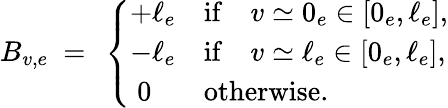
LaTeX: \begin{array}{r}{B_{v,e}\ =\ \left\{ \begin{array}{ll}{+\ell_{e}}&{\mathrm{if}\quad v\simeq 0_{e}\in[0_{e},\ell_{e}],}\\ {-\ell_{e}}&{\mathrm{if}\quad v\simeq\ell_{e}\in[0_{e},\ell_{e}],}\\ {\ 0}&{\mathrm{otherwise.}}\end{array}\right.}\end{array}